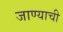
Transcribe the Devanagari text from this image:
जाण्‍याची